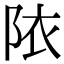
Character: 䧇